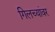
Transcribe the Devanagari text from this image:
गिलच्यांवर